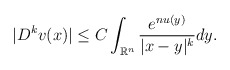
\begin{align*}|D^kv(x)|\leq C\int_{\mathbb{R}^n}\frac{e^{nu(y)}}{|x-y|^k}dy.\end{align*}